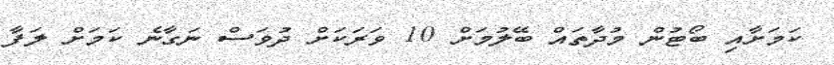
ކަމަށާއި ބޯޓުން މުދާތައް ބޭލުމަށް 10 ވަރަކަށް ދުވަސް ނަގާނެ ކަމަށް ލަފާ